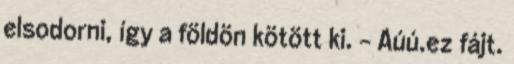
elsodorni, így a földön kötött ki. - Aúú.ez fájt.